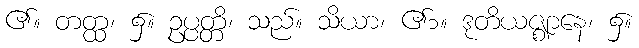
၏။ တတ္ထ၊ ၌။ ဥပ္ပတ္တိ၊ သည်။ သိယာ၊ ၏၁။ ဒုတိယဇ္ဈာနေ၊ ၌။